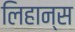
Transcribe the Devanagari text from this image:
लिहान्स